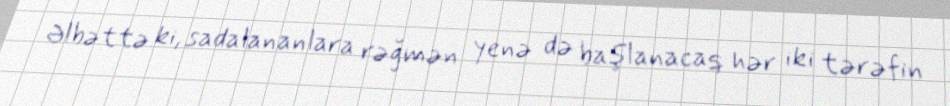
Əlbəttə ki, sadalananlara rəğmən yenə də başlanacaq hər iki tərəfin